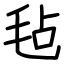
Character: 毡